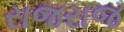
રાજરાજ